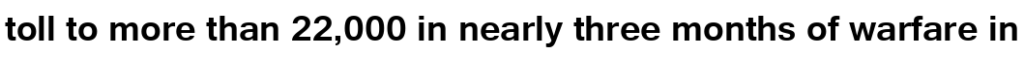
toll to more than 22,000 in nearly three months of warfare in